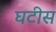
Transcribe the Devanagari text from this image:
घटीस